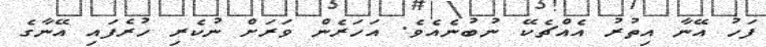
ފަހު އޭނާ އިތުރު އެއްޗެކޭ ނުބުނެއެވެ. އަހަރެން ވަރަށް ނުކެރި ހުރެފައި އޭނާގެ